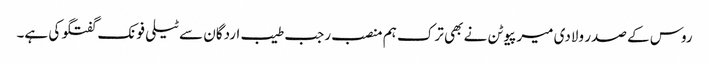
روس کے صدر ولادی میر پیوٹن نے بھی ترک ہم منصب رجب طیب اردگان سے ٹیلی فونک گفتگو کی ہے۔